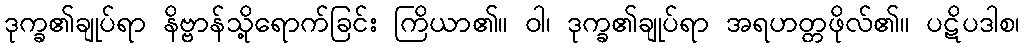
ဒုက္ခ၏ချုပ်ရာ နိဗ္ဗာန်သို့ရောက်ခြင်း ကြိယာ၏။ ဝါ၊ ဒုက္ခ၏ချုပ်ရာ အရဟတ္တဖိုလ်၏။ ပဋိပဒါစ၊